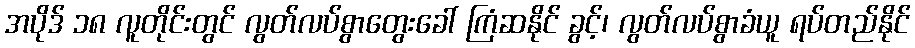
အပိုဒ် ၁၈ လူတိုင်းတွင် လွတ်လပ်စွာတွေးခေါ် ကြံဆနိုင် ခွင့်၊ လွတ်လပ်စွာခံယူ ရပ်တည်နိုင်